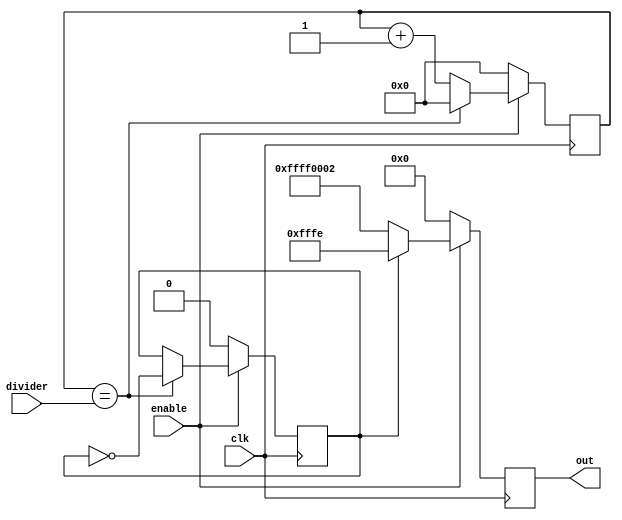
module square_wave_generator (
                              clk,
                              enable,
                              divider,
                              out
                            );

  input clk;
  input enable;
  input [18:0] divider;
  reg [18:0] counter;
  reg polarity;
  output reg signed [31:0] out;

  always @(posedge clk) begin
    if (!enable) begin
      counter <= 19'b0;
      out <= 32'b0;
      polarity <= 1'b0;
    end

    else begin
      counter <= counter + 1;

      if (counter == divider) begin
        counter <= 32'b0;
        polarity <= !polarity;
      end

      out <= polarity ? 32'd65534 : -32'd65534;
    end
  end
endmodule